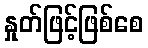
နှုတ်ဖြင့်ဖြစ်စေ